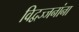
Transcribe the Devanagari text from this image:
विद्वज्जनांना